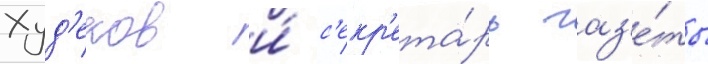
Худ'еков и́ с'екр'ета́рь газ'е́ты